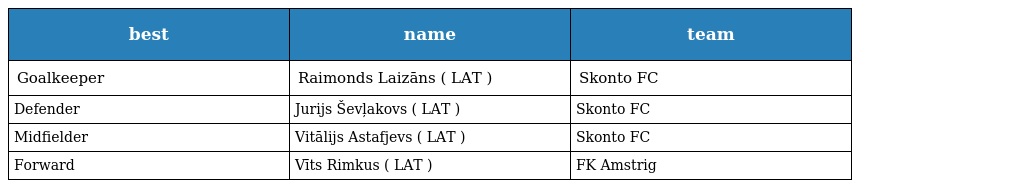
| best | name | team |
 | --- | --- | --- |
 | Goalkeeper | Raimonds Laizāns ( LAT ) | Skonto FC |
 | Defender | Jurijs Ševļakovs ( LAT ) | Skonto FC |
 | Midfielder | Vitālijs Astafjevs ( LAT ) | Skonto FC |
 | Forward | Vīts Rimkus ( LAT ) | FK Amstrig |